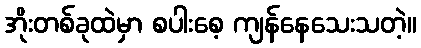
အိုးတစ်ခုထဲမှာ စပါးစေ့ ကျန်နေသေးသတဲ့။